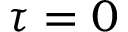
\tau = 0